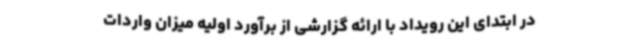
در ابتدای این رویداد با ارائه گزارشی از برآورد اولیه میزان واردات